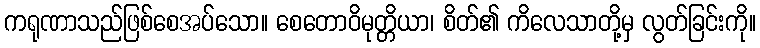
ကရုဏာသည်ဖြစ်စေအပ်သော။ စေတောဝိမုတ္တိယာ၊ စိတ်၏ ကိလေသာတို့မှ လွတ်ခြင်းကို။